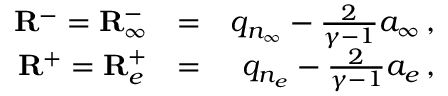
\begin{array} { r l r } { { \mathbf { R } ^ { - } = { \mathbf { R } } _ { \infty } ^ { - } } } & { { = } } & { { q _ { n _ { \infty } } - \frac { 2 } { \gamma - 1 } a _ { \infty } \, \mathrm { , } } } \\ { { \mathbf { R } ^ { + } = { \mathbf { R } } _ { e } ^ { + } } } & { { = } } & { { q _ { n _ { e } } - \frac { 2 } { \gamma - 1 } a _ { e } \, \mathrm { , } } } \end{array}